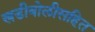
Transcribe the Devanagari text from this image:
खडीबोलीसहित